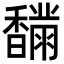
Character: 𩡟